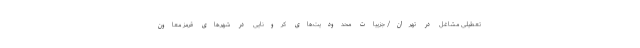
تعطیلی مشاغل در تهران/ جزییات محدودیت‌های کرونایی در شهرهای قرمز معاون